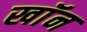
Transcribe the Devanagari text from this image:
खाॅन